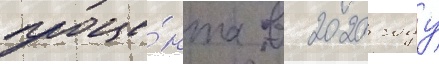
проце́нта в 2020 году